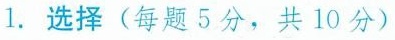
1.选择(每题5分，共10分)